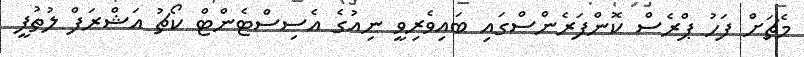
މެޗަށް ފަހު ޕްރެސް ކޮންފަރެންސްގައި ބައިވެރިވީ ނިއުގެ އެސިސްޓެންޓް ކޯޗު އަޝްރަފް ލުތުފީ